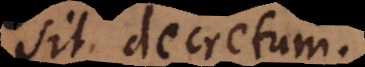
sit decret